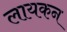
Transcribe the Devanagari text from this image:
लायकन